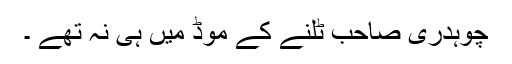
چوہدری صاحب ٹلنے کے موڈ میں ہی نہ تھے ۔